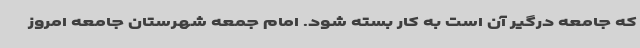
که جامعه درگیر آن است به کار بسته شود. امام جمعه شهرستان جامعه امروز